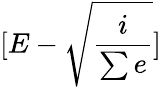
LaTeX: [E-\sqrt{\frac{i}{\sum e}}]